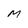
Character: M